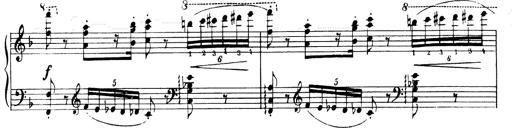
Title: Andante Finale und Marsch aus der Oper KÃ¶nig Alfred
Composer: Franz Liszt